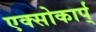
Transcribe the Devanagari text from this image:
एक्सोकार्प्